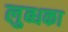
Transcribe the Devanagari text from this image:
लुब्धका